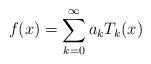
LaTeX: \begin{align*}f(x) = \sum_{k = 0}^\infty a_k T_k(x)\end{align*}